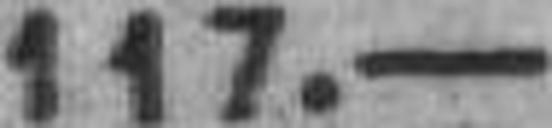
117.—